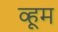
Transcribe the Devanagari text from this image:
व्हूम